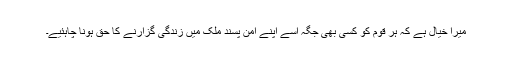
میرا خیال ہے کہ ہر قوم کو کسى بهى جگہ اسے اپنے امن پسند ملک میں زندگى گزارنے کا حق ہونا چاہئیے۔